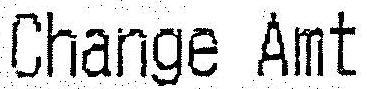
CHANGE AMT